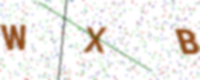
Text: WXB